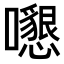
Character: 𡄩